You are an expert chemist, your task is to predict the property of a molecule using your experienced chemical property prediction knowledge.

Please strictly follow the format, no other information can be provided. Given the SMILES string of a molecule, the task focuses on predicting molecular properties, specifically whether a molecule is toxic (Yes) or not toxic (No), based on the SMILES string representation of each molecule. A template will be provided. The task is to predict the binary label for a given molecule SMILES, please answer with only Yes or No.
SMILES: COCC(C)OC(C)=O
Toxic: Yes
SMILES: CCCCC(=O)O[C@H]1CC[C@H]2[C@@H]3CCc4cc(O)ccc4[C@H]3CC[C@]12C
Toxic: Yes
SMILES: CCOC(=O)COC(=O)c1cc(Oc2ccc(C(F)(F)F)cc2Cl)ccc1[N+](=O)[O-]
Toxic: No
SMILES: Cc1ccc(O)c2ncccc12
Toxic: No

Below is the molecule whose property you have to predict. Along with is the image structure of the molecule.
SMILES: CCN1CCCC1CNC(=O)c1cc(S(=O)(=O)CC)c(N)cc1OC
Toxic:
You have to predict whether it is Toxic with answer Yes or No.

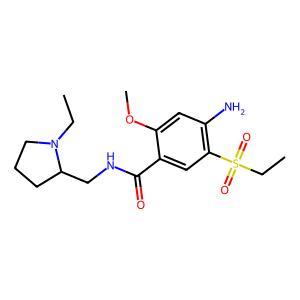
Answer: No